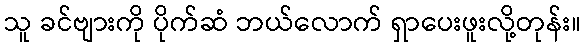
သူ ခင်ဗျားကို ပိုက်ဆံ ဘယ်လောက် ရှာပေးဖူးလို့တုန်း။